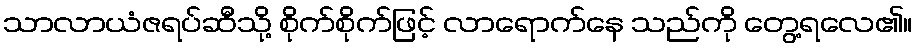
သာလာယံဇရပ်ဆီသို့ စိုက်စိုက်ဖြင့် လာရောက်နေ သည်ကို တွေ့ရလေ၏။